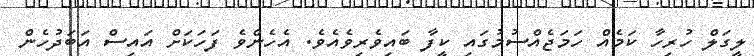
ލީގަލް ހުރިހާ ކަމެއް ހަމަޖެއްސުމުގައި ކީފާ ބައިވެރިވެއެވެ. އެހެންވެ ފަހަކަށް އައިސް އަބަދުހެން